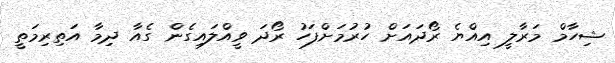
ޝިހާމް މަރާލީ އިއްޔެ ރޯދައަށް ހުރުމަށްފަހު ރޯދަ ވީއްލައިގެން ގެއާ ދިމާ އަތިރިމަތީ